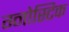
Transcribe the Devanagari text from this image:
ग्नोस्टिक